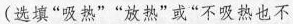
(选填”吸热””放热”或”不吸热也不